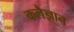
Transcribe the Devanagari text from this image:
कलैज्ञान